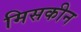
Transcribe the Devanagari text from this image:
मिसकीन